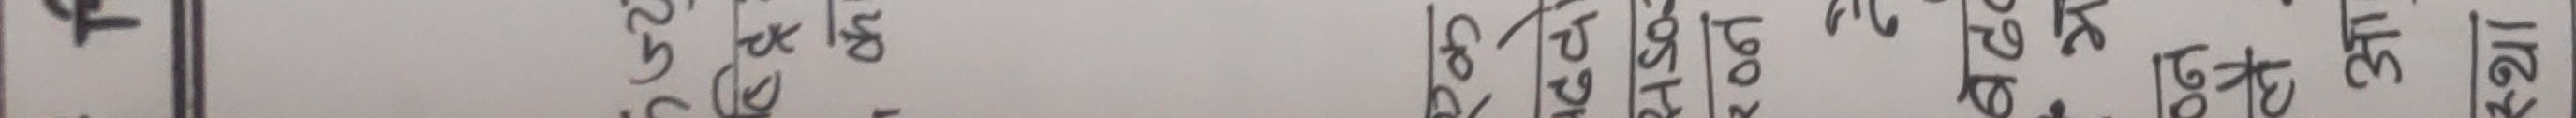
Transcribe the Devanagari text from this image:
ट
ढ १५०
चेक १७
ख १८
ग ०९
घ १०
ङ ११
ट १२
ठ १३
ड १४
ढ १५
ण १६